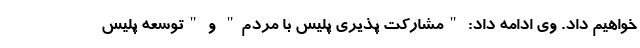
خواهیم داد. وی ادامه داد: "مشارکت پذیری پلیس با مردم" و "توسعه پلیس